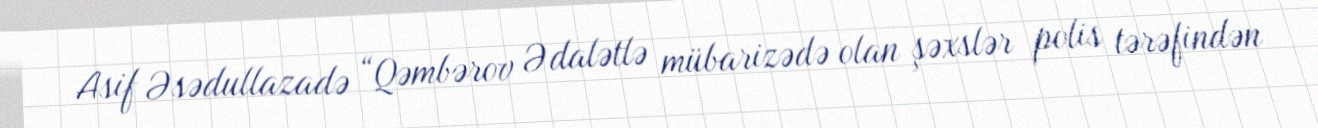
Asif Əsədullazadə “Qəmbərov Ədalətlə mübarizədə olan şəxslər polis tərəfindən